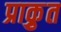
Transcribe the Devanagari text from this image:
प्राकृुत